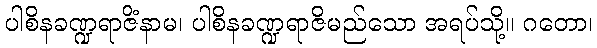
ပါစိနခဏ္ဍရာဇိံနာမ၊ ပါစိနခဏ္ဍရာဇိမည်သော အရပ်သို့။ ဂတော၊